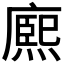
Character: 𭙼